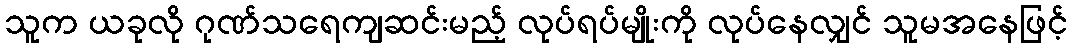
သူက ယခုလို ဂုဏ်သရေကျဆင်းမည့် လုပ်ရပ်မျိုးကို လုပ်နေလျှင် သူမအနေဖြင့်